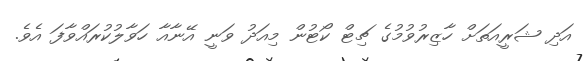
އަދި ޝަރީއަތަށް ހާޒިރުވުމުގެ ޗިޓް ކޯޓުން މިއަދު ވަނީ އޭނާއާ ހަވާލުކުރައްވާފަ އެވެ.